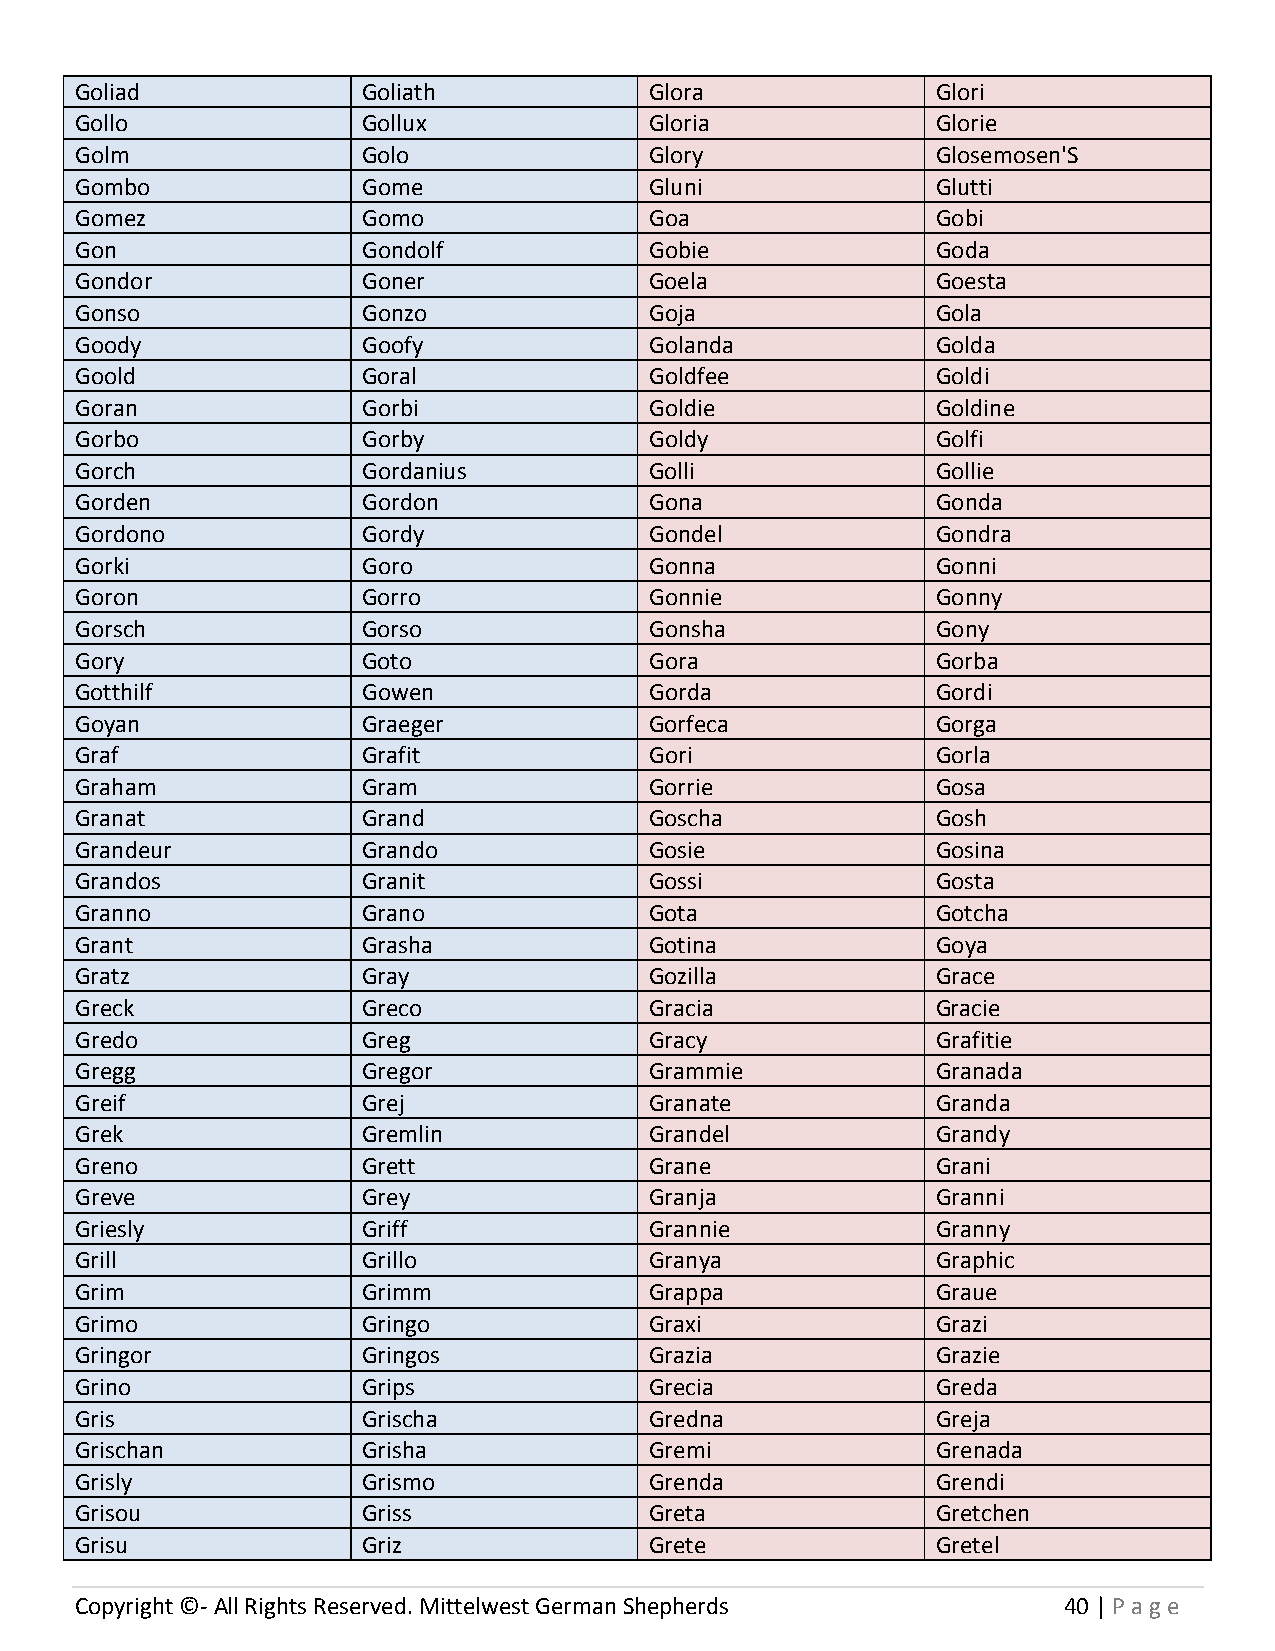
Goliad             Goliath            Glora              Glori
 Gollo              Gollux             Gloria             Glorie
 Golm               Golo               Glory              Glosemosen'S
 Gombo              Gome               Gluni              Glutti
 Gomez              Gomo               Goa                Gobi
 Gon                Gondolf            Gobie              Goda
 Gondor             Goner              Goela              Goesta
 Gonso              Gonzo              Goja               Gola
 Goody              Goofy              Golanda            Golda
 Goold              Goral              Goldfee            Goldi
 Goran              Gorbi              Goldie             Goldine
 Gorbo              Gorby              Goldy              Golfi
 Gorch              Gordanius          Golli              Gollie
 Gorden             Gordon             Gona               Gonda
 Gordono            Gordy              Gondel             Gondra
 Gorki              Goro               Gonna              Gonni
 Goron              Gorro              Gonnie             Gonny
 Gorsch             Gorso              Gonsha             Gony
 Gory               Goto               Gora               Gorba
 Gotthilf           Gowen              Gorda              Gordi
 Goyan              Graeger            Gorfeca            Gorga
 Graf               Grafit             Gori               Gorla
 Graham             Gram               Gorrie             Gosa
 Granat             Grand              Goscha             Gosh
 Grandeur           Grando             Gosie              Gosina
 Grandos            Granit             Gossi              Gosta
 Granno             Grano              Gota               Gotcha
 Grant              Grasha             Gotina             Goya
 Gratz              Gray               Gozilla            Grace
 Greck              Greco              Gracia             Gracie
 Gredo              Greg               Gracy              Grafitie
 Gregg              Gregor             Grammie            Granada
 Greif              Grej               Granate            Granda
 Grek               Gremlin            Grandel            Grandy
 Greno              Grett              Grane              Grani
 Greve              Grey               Granja             Granni
 Griesly            Griff              Grannie            Granny
 Grill              Grillo             Granya             Graphic
 Grim               Grimm              Grappa             Graue
 Grimo              Gringo             Graxi              Grazi
 Gringor            Gringos            Grazia             Grazie
 Grino              Grips              Grecia             Greda
 Gris               Grischa            Gredna             Greja
 Grischan           Grisha             Gremi              Grenada
 Grisly             Grismo             Grenda             Grendi
 Grisou             Griss              Greta              Gretchen
 Grisu              Griz               Grete              Gretel
 Copyright ©- All Rights Reserved. Mittelwest German Shepherds    40 | P age